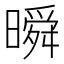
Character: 𣊬